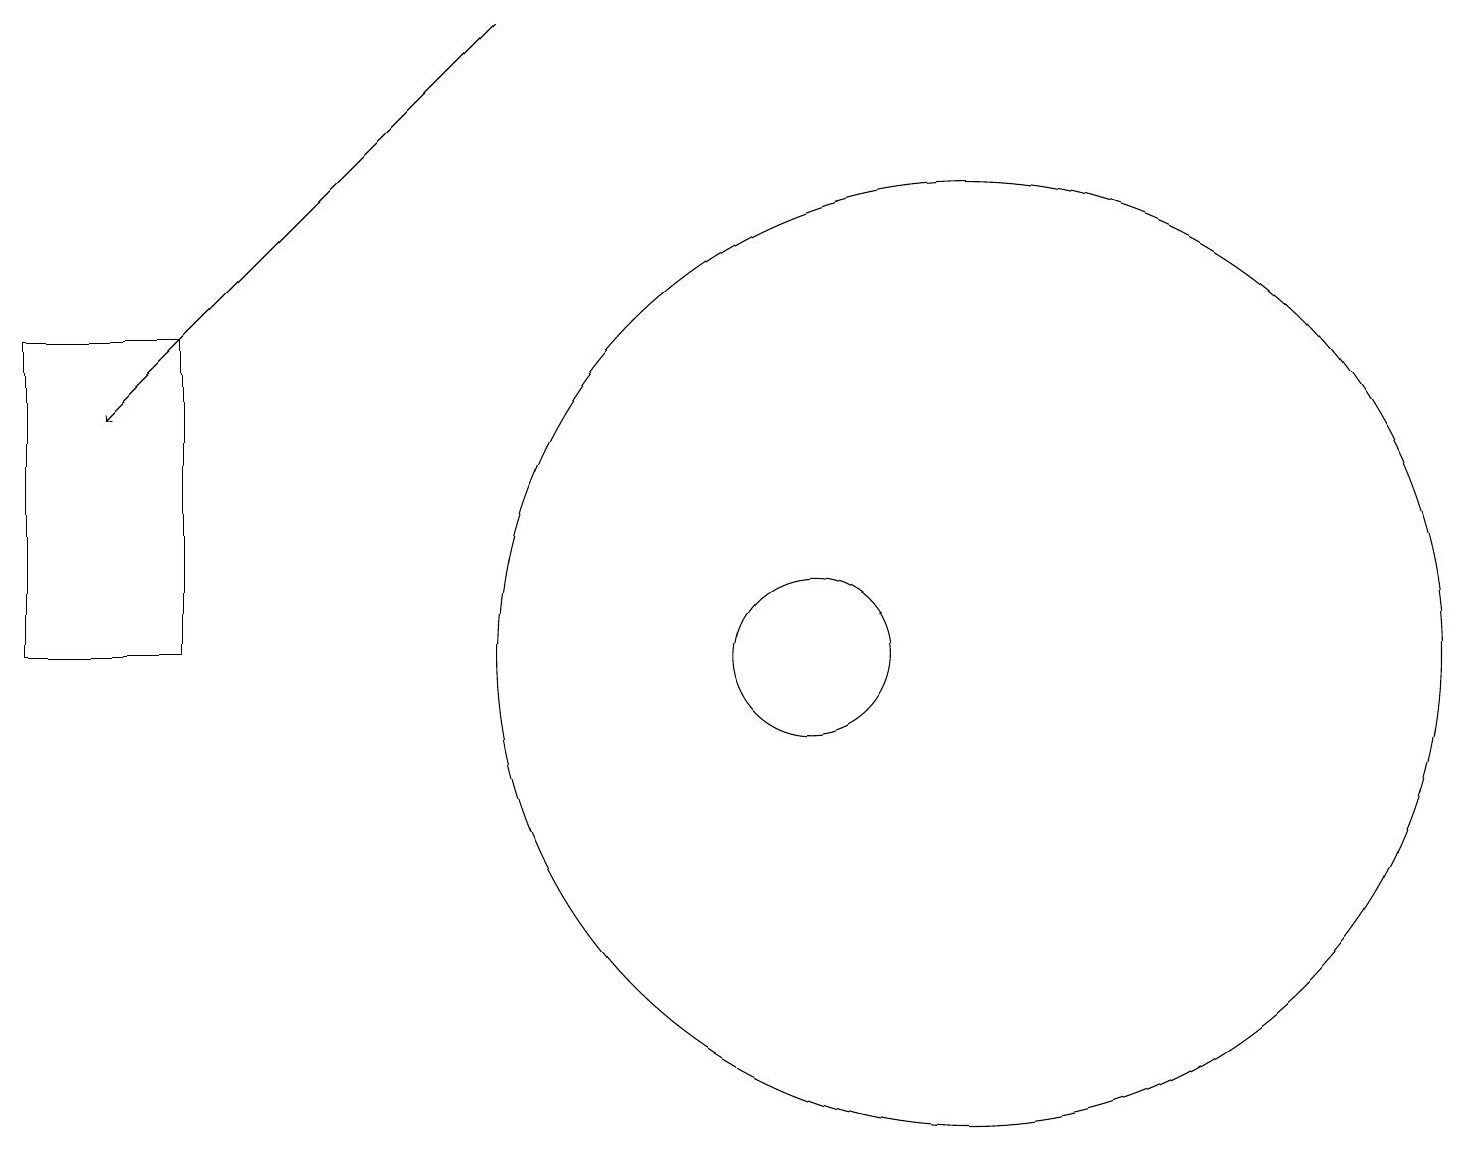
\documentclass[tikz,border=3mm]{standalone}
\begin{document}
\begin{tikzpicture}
\draw (2,15) rectangle (0,11);
\draw (12,11) circle (6);
\draw[->] (6,19) -- (1,14);
\draw (10,11) circle (1);
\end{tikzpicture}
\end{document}